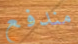
مندفع